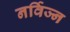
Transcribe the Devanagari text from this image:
नर्विज्न